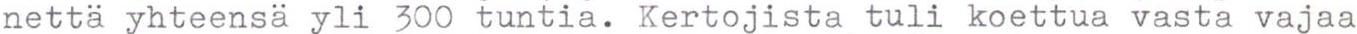
nettä yhteensä yli 300 tuntia. Kertojista tuli koettua vasta vajaa